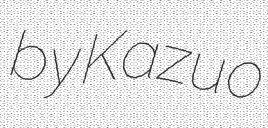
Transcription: by Kazuo